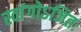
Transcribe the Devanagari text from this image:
स्वांगोऽजितः